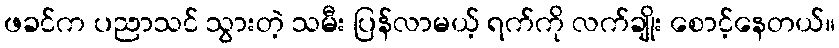
ဖခင်က ပညာသင် သွားတဲ့ သမီး ပြန်လာမယ့် ရက်ကို လက်ချိုး စောင့်နေတယ်။